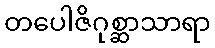
တပေါဇိဂုစ္ဆာသာရာ